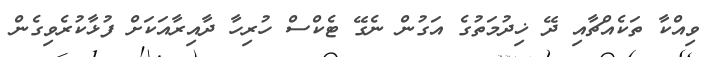
ވިއްކާ ތަކެއްޗާއި ދޭ ޚިދުމަތުގެ އަގުން ނެގޭ ޓެކްސް ހުރިހާ ދާއިރާއަކަށް ފުޅާކުރެވިގެން